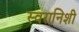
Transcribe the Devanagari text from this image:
स्वरानिशी